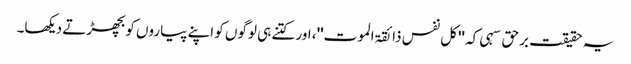
یہ حقیقت برحق سہی کہ ''کل نفس ذائقۃ الموت''، اور کتنے ہی لوگوں کو اپنے پیاروں کو بچھڑتے دیکھا۔